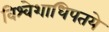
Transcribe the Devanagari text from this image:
विश्वेशाधिपतये